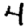
Digit: 4